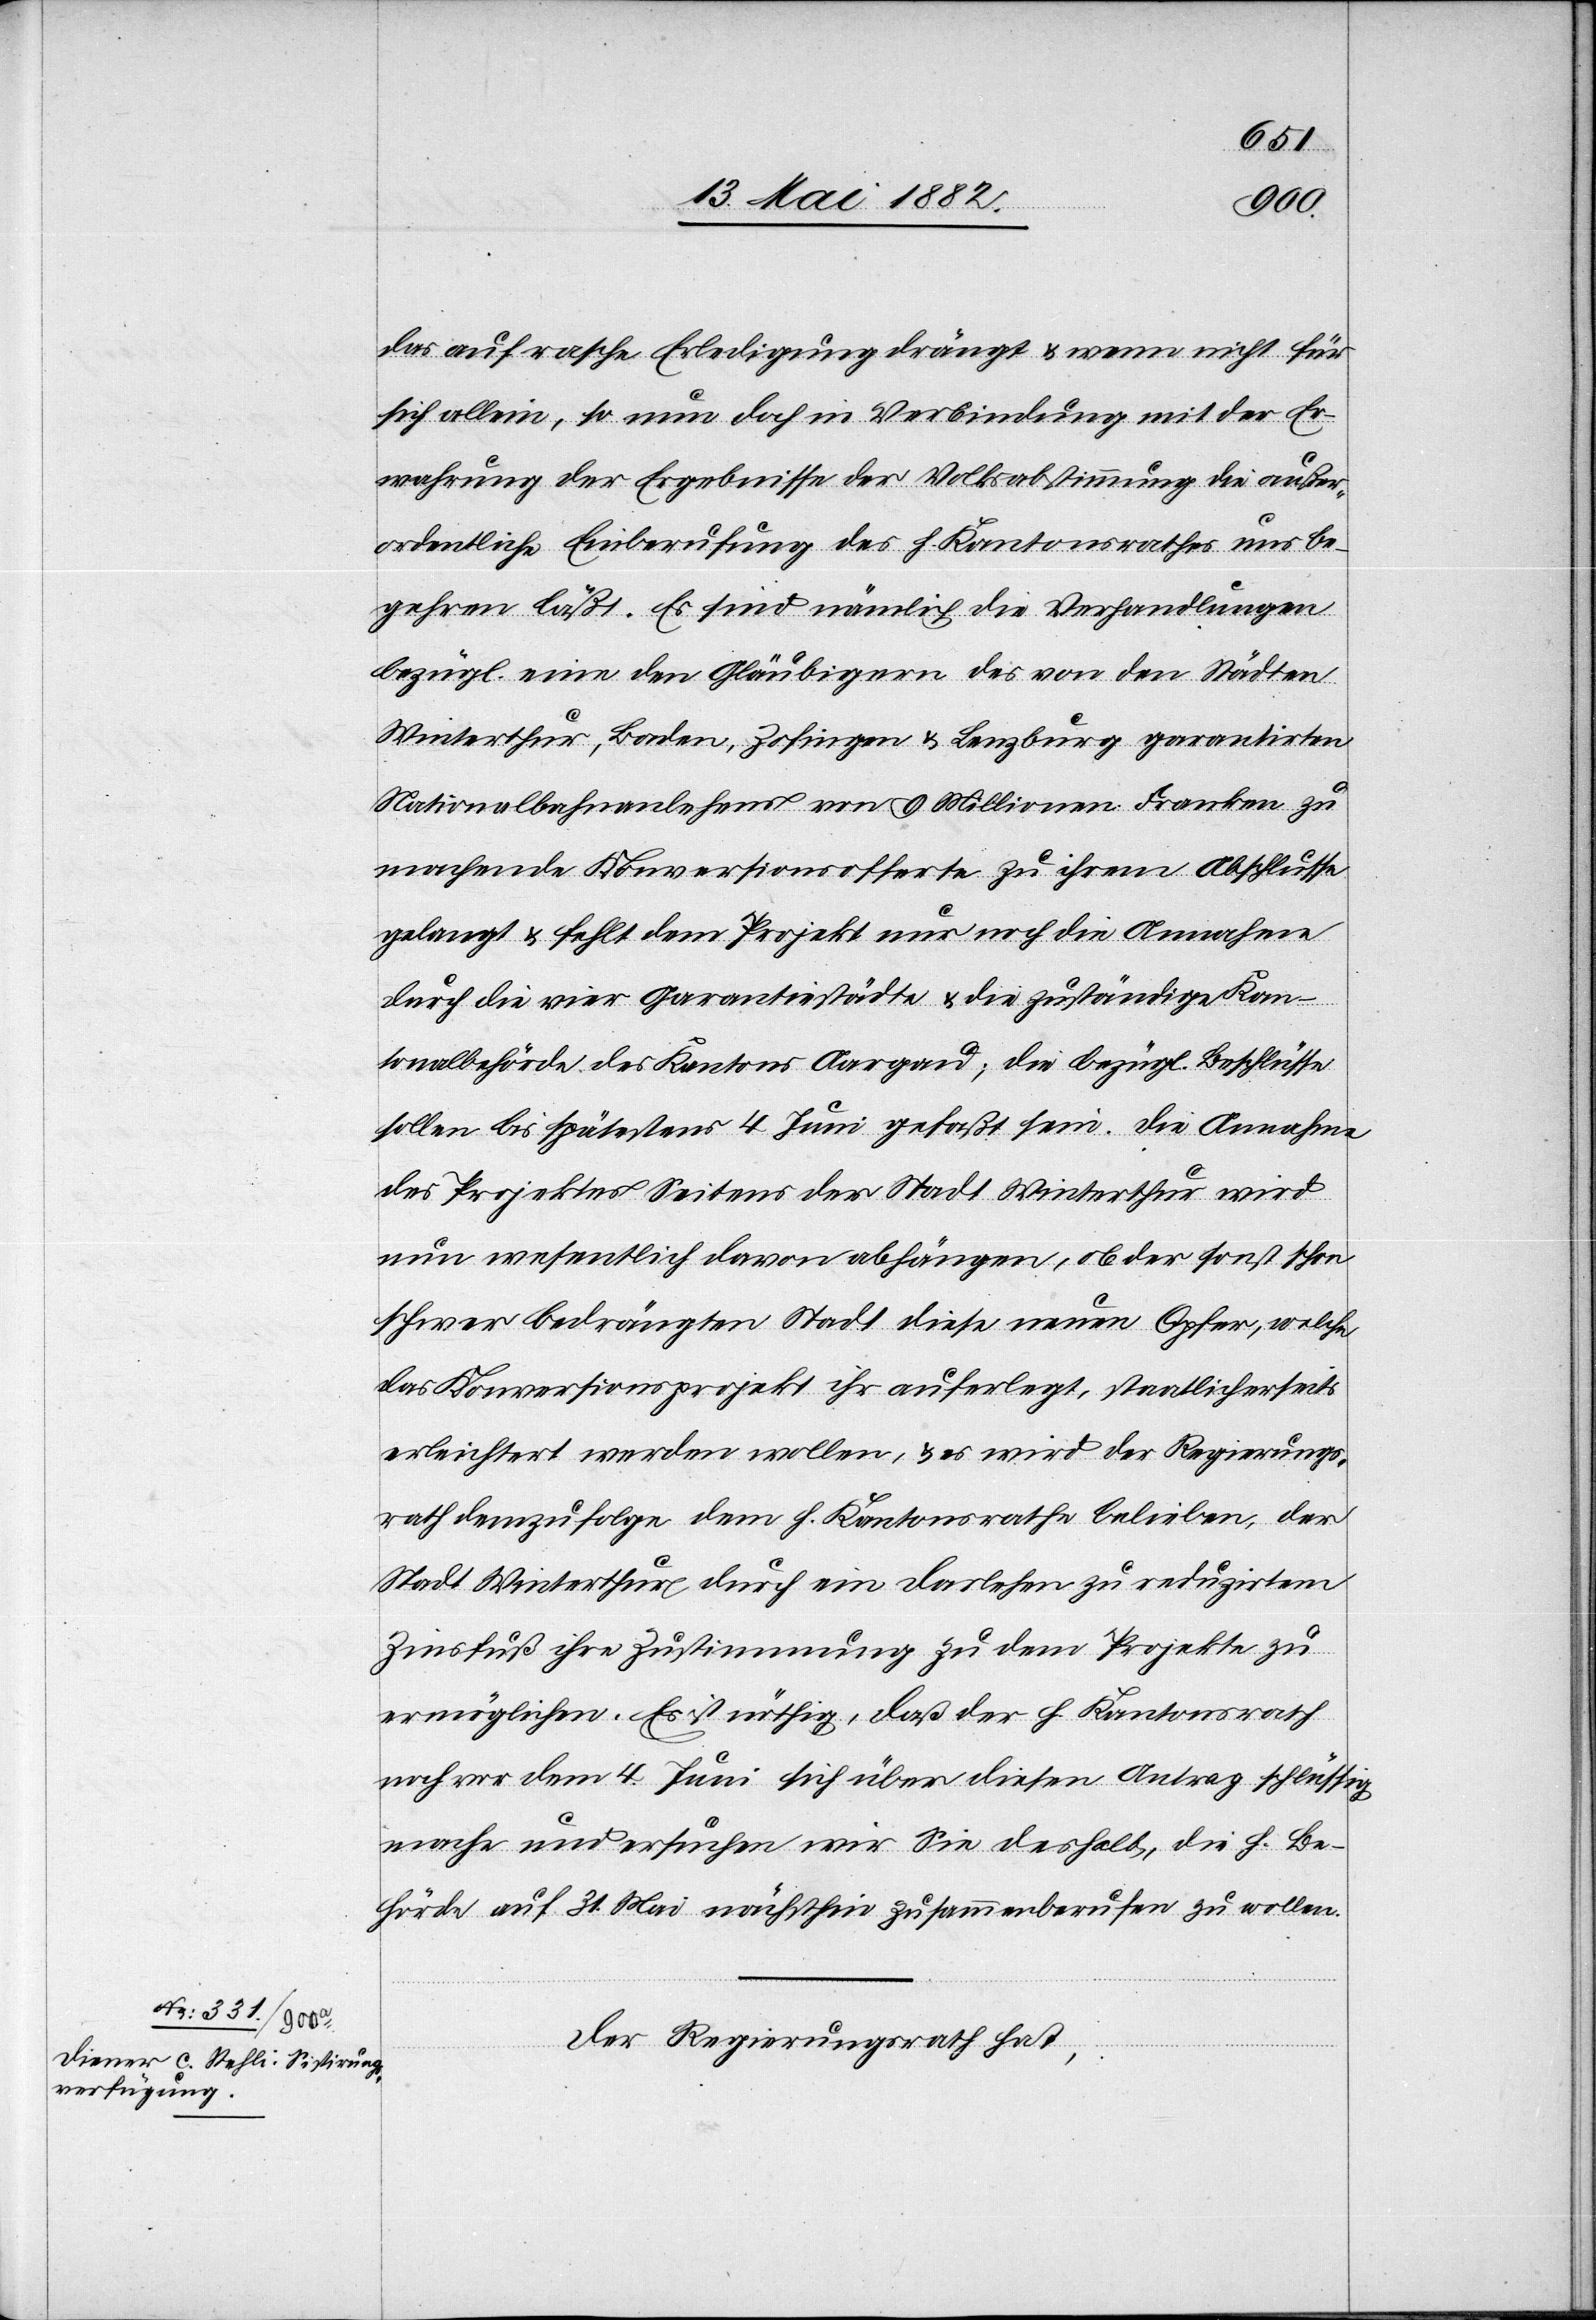
das auf rasche Erledigung drängt & wenn nicht für
sich allein, so nun doch in Verbindung mit der Er¬
wahrung der Ergebnisse der Volksabstimmung die außer¬
ordentliche Einberufung des h. Kantonsrathes uns be¬
gehren läßt. Es sind nämlich Verhandlungen
bezügl. eine den Gläubigern des von den Städten
Winterthur, Baden, Zofingen & Lenzburg garantirten
Nationalbahnanlehens von 9 Millionen Franken zu
machende Konversionsofferte zu ihrem Abschlusse
gelangt & steht dem Projekt nur noch die Annahme
durch die vier Garantiestädte & die zuständige Kan¬
tonalbehörde des Kantons Aargau [im Wege]; die bezügl. Beschlüsse
sollen bis spätestens 4. Juni gefaßt sein. Die Annahme
des Projektes Seitens der Stadt Winterthur wird
nun wesentlich davon abhängen, ob der sonst schon
schwer bedrängten Stadt diese neuen Opfer, welche
das Konversionsprojekt ihr auferlegt, staatlicherseits
erleichtert werden wollen, & es wird der Regierungs¬
rath demzufolge dem h. Kantonsrathe belieben, der
Stadt Winterthur durch ein Darlehen zu reduzirtem
Zinsfuß ihre Zustimmung zu dem Projekte zu
ermöglichen. Es ist nöthig, daß der h. Kantonsrath
noch vor dem 4. Juni sich über diesen Antrag schlüssig
mache und ersuchen wir Sie deshalb, die h. Be¬
hörde auf den 31. Mai nächsthin zusammenberufen zu wollen.
Der Regierungsrath hat,